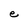
Character: e